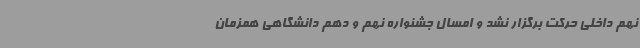
نهم داخلی حرکت برگزار نشد و امسال جشنواره نهم و دهم دانشگاهی همزمان